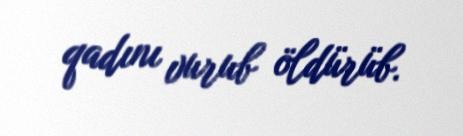
qadını vurub öldürüb.